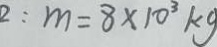
2 : m = 8 \times 1 0 ^ { 3 } k g